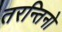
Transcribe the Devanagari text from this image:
तरन्तिनो